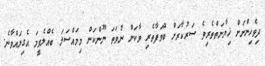
ދިވެހިންނަށް ޚިޔާނަތްތެރިވެ ސަރުކާރަށް ބޭވަފާތެރި ވާކަން ނުވަތަ ނޫންކަން މިމައްސަލަ ބެއްލެވީމަ އެގިލައްވާނެ.